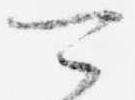
可